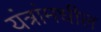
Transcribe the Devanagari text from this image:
यंत्रांमधील